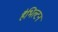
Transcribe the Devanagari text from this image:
हैभिल्टन